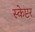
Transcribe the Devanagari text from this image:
स्केप्टर